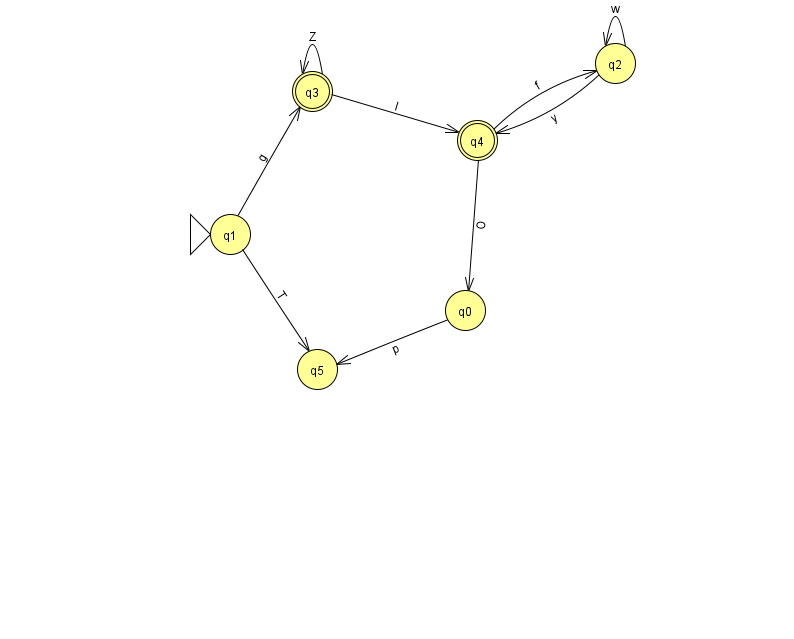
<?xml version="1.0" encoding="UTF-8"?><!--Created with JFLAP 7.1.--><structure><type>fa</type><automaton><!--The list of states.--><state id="0" name="q0"><x>465.0</x><y>297.0</y></state><state id="1" name="q1"><x>230.0</x><y>221.0</y><initial/></state><state id="2" name="q2"><x>615.0</x><y>50.0</y></state><state id="3" name="q3"><x>312.0</x><y>78.0</y><final/></state><state id="4" name="q4"><x>477.0</x><y>127.0</y><final/></state><state id="5" name="q5"><x>317.0</x><y>356.0</y></state><!--The list of transitions.--><transition><from>1</from><to>3</to><read>g</read></transition><transition><from>3</from><to>4</to><read>l</read></transition><transition><from>4</from><to>2</to><read>f</read></transition><transition><from>1</from><to>5</to><read>T</read></transition><transition><from>2</from><to>2</to><read>w</read></transition><transition><from>4</from><to>0</to><read>O</read></transition><transition><from>3</from><to>3</to><read>Z</read></transition><transition><from>2</from><to>4</to><read>y</read></transition><transition><from>0</from><to>5</to><read>p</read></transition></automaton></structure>